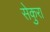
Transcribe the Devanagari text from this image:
सेकुरा